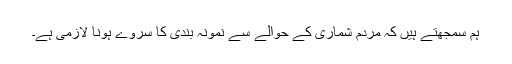
ہم سمجھتے ہیں کہ مردم شماری کے حوالے سے نمونہ بندی کا سروے ہونا لازمی ہے۔